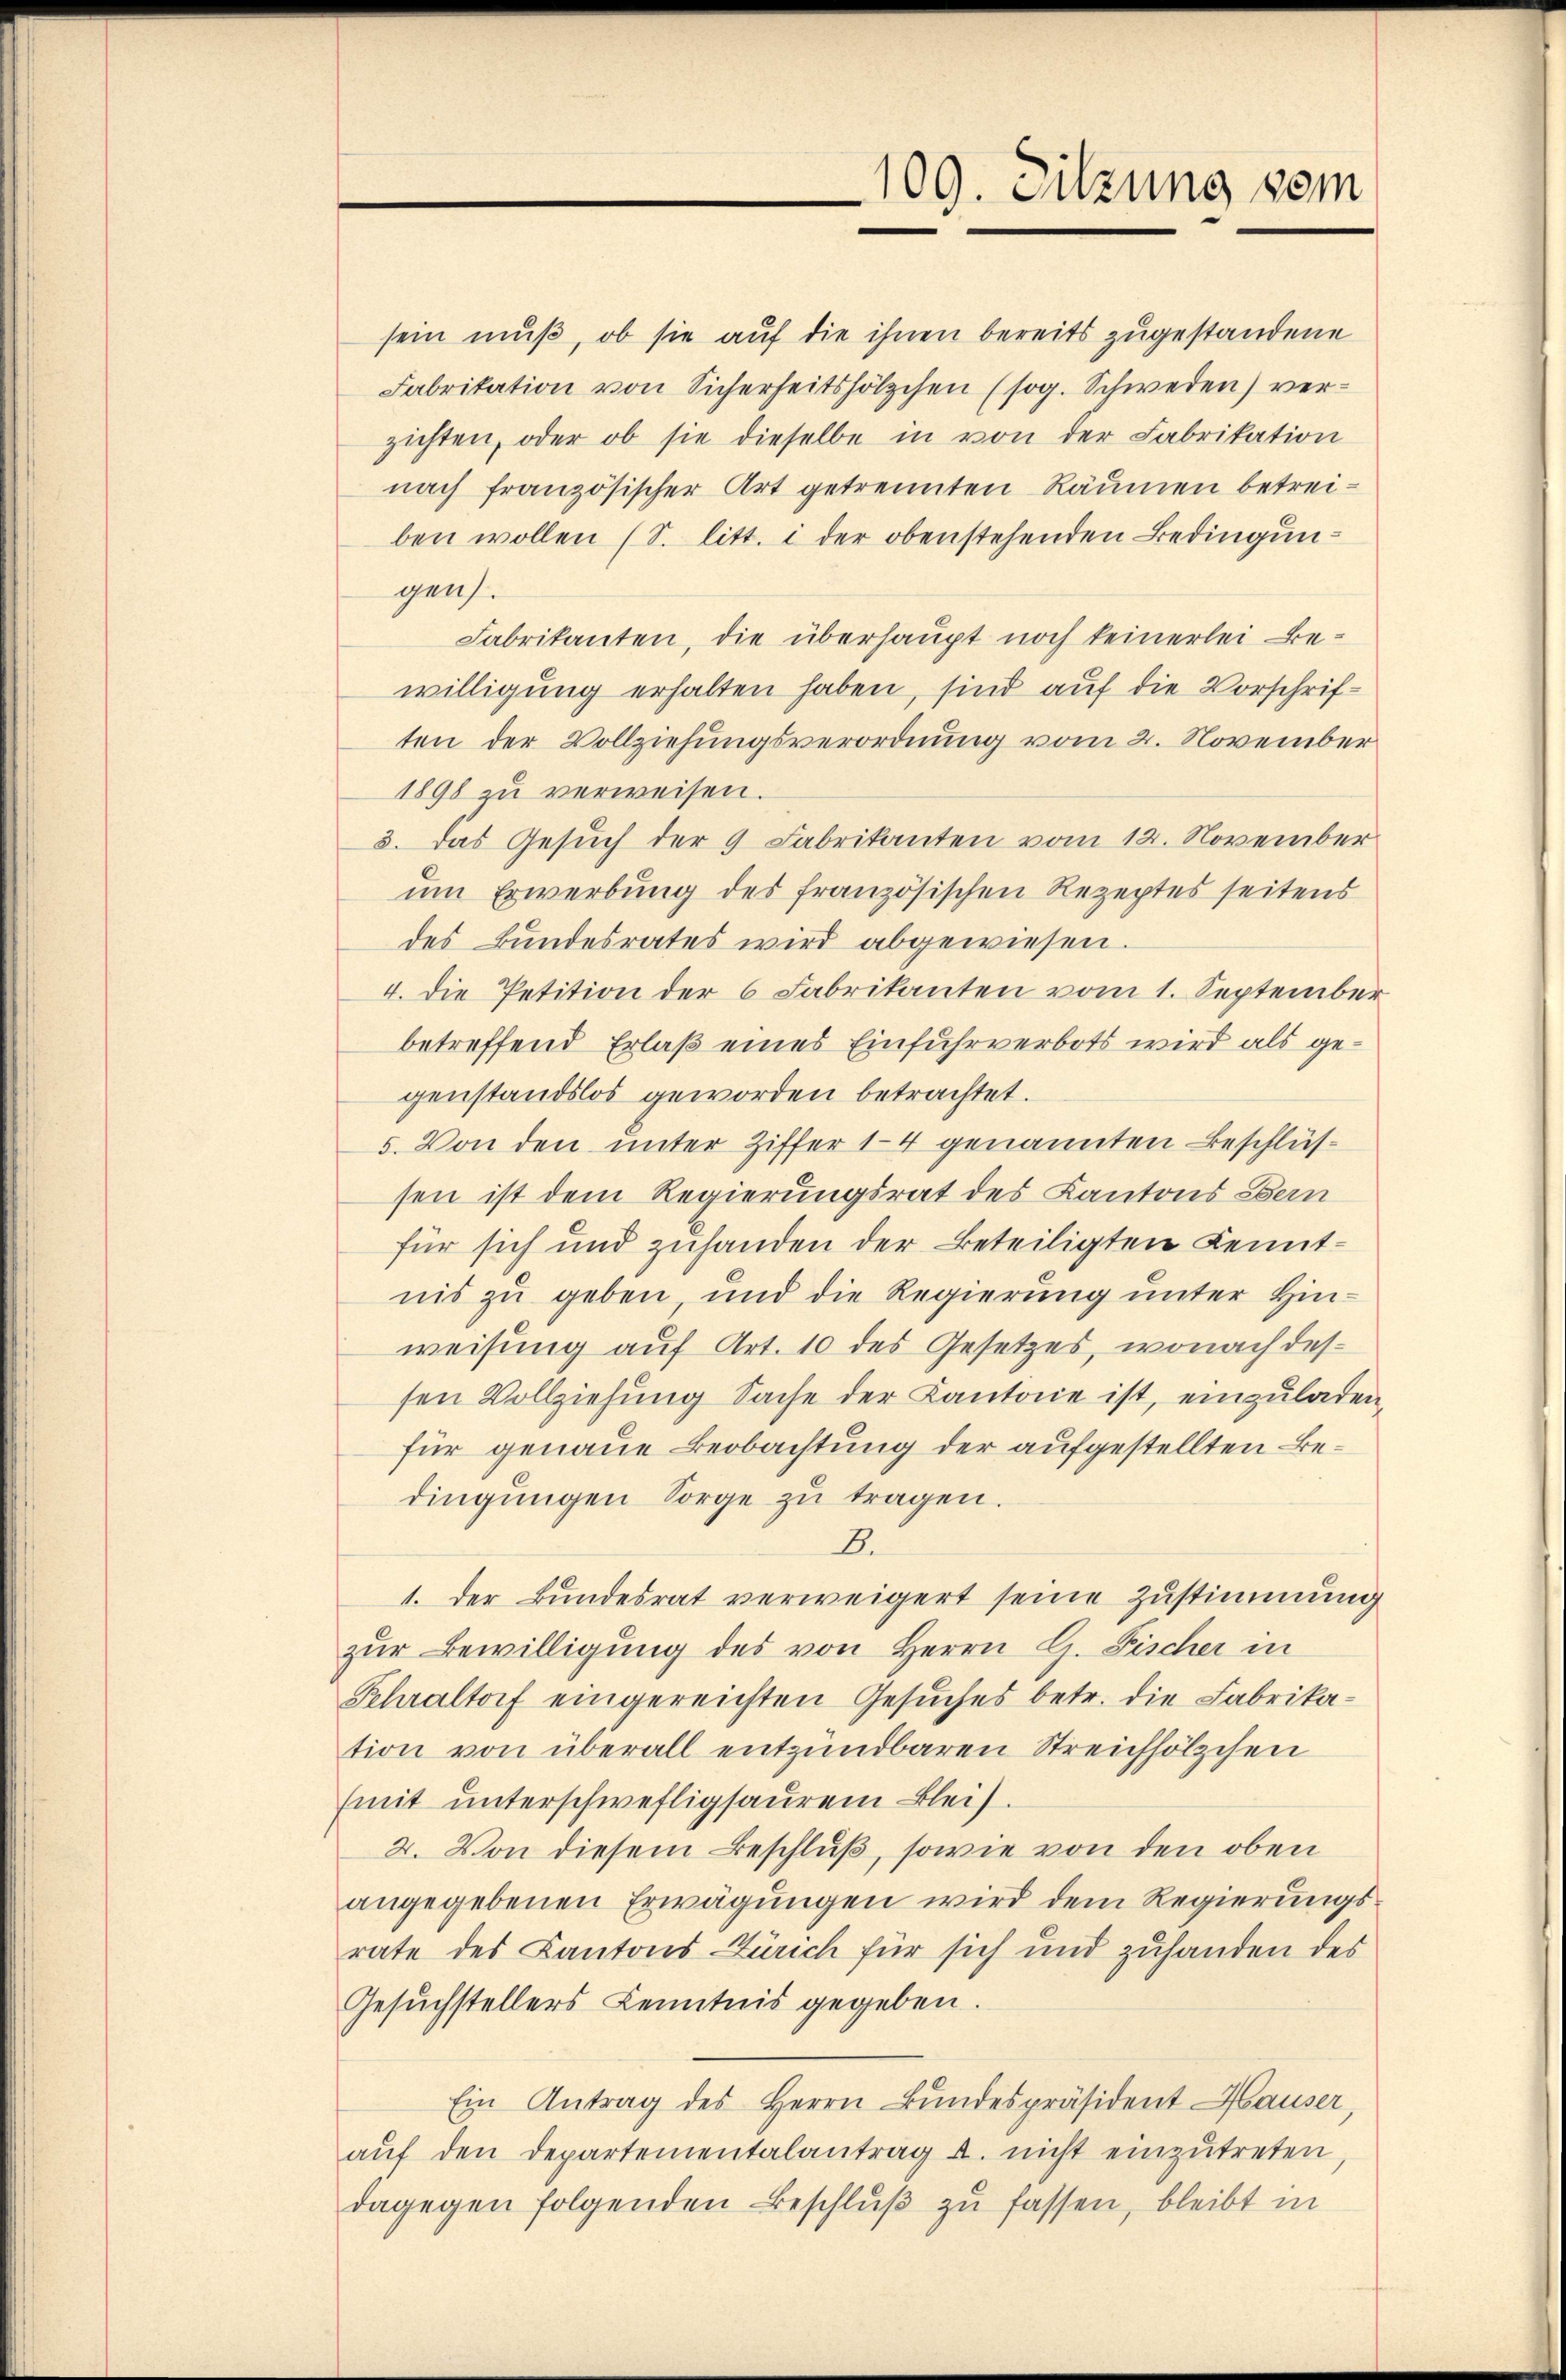
109. Sitzung vom

sein muß, ob sie auf die ihnen bereits zugestandene
Fabrikation von Sicherheitshölzchen (sog. Schweden) verzichten, oder ob sie dieselbe in von der Fabrikation
nach französischer Art getrennten Räumen betreiben wollen (S. litt. i der obenstehenden Bedingungens.
Fabrikanten, die überhaupt noch keinerlei Bewilligung erhalten haben, sind auf die Vorschriften der Vollziehungsverordnung vom 2. November
1898 zu verweisen.
3. Das Gesuch der 9 Fabrikanten vom 12. November
um Erwerbung des französischen Rezeptes seitens
des Bundesrates wird abgewiesen.
4. Die Petition der 6 Fabrikanten vom 1. September
betreffend Erlaß eines Einfuhrverbots wird als gegenstandslos geworden betrachtet.
5. Von den unter Ziffer 14 genannten Beschlüssen ist dem Regierungsrat des Kantons Bern
für sich und zuhanden der Beteiligten Kenntnis zu geben und die Regierung unter Hinweisung auf Art. 10 des Gesetzes, wonach dessen Vollziehung Sache der Cantone ist, einzuladen,
für genaue Beobachtung der aufgestellten Bedingungen Sorge zu tragen.
8.
1. Der Bundesrat verweigert seine Zustimmung
zŭr Bewilligŭng des von Herrn G. Fischer in
Schraltorf eingereichten Gesuches betr. die Fabrikation von überall entzündbaren Streichhölzchen
(mit unterschwefligsaurem Bleis
2. Von diesem Beschluß, sowie von den oben
angegebenen Erwägungen wird dem Regierungsrate des Kantons Zürich für sich und zuhanden des
Gesuchstellers Kenntnis gegeben.
Ein Antrag des Herrn Bŭndespräsident Hauser,
aŭf den Departementalantrag u. nicht einzŭtreten,
dagegen folgenden Beschlŭβ zŭ fassen, bleibt in